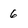
Character: 6